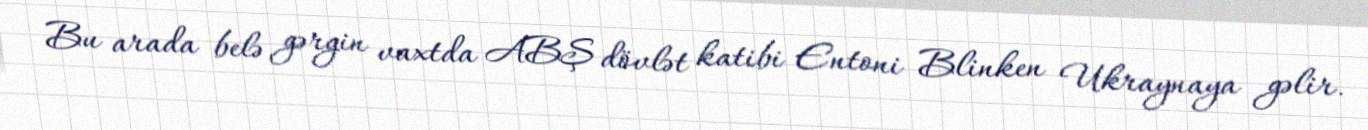
Bu arada belə gərgin vaxtda ABŞ dövlət katibi Entoni Blinken Ukraynaya gəlir.